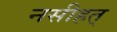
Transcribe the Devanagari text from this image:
नसीहत्